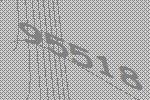
95518